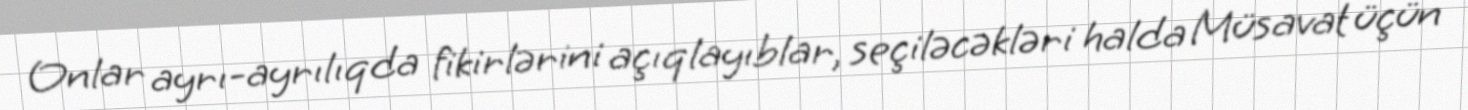
Onlar ayrı-ayrılıqda fikirlərini açıqlayıblar, seçiləcəkləri halda Müsavat üçün